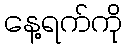
နေ့ရက်ကို